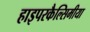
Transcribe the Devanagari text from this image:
हाइपरकैल्सिमीया